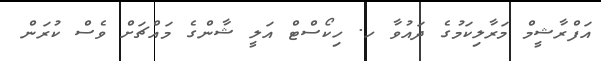
އަފްރާޝީމް މަރާލިކަމުގެ ދައުވާ ހ. ހިކޯސްޓް އަލީ ޝާންގެ މައްޗަށް ވެސް ކުރަން